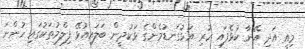
މިއީ އަދި އޭނާ ކުޅެފައި ހުރި އަޅުގަނޑުމެންގެ ޅަކުދީން ބަލައިއުޅޭ ފިލްމުތަކުގައި ހުންނަ